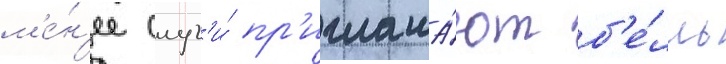
м'е́н'ее слуг'и́ пр'иглаша́ют б'е́лль